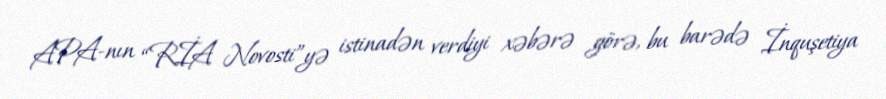
APA-nın “RİA Novosti”yə istinadən verdiyi xəbərə görə, bu barədə İnquşetiya